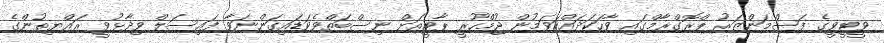
ވީޓީވީގެ ފަސްމަންޒަރު ޕްރޮގްރާމްގައި ވާހަކަދައްކަވަމުން ޖުމްހޫރީ ޕާޓީއަށް ނިސްބަތްވެވަޑައިގަންނަވާ ފައިސަލް ވިދާޅުވީ ރައްޔިތުންގެ